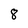
Character: 8